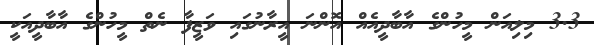
3.3 މިލިއަން މީހުންގެ އާބާދީއެއް އޮންނަ އީރާނުގައި ވަޒީފާ ނެތް މީހުންގެ އާބާދީއަކީ